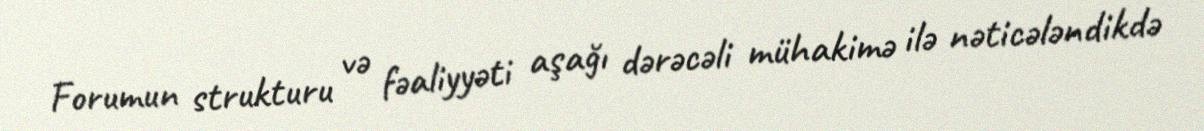
Forumun strukturu və fəaliyyəti aşağı dərəcəli mühakimə ilə nəticələndikdə